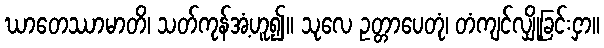
ဃာတေဿာမာတိ၊ သတ်ကုန်အံ့ဟူ၍။ သုလေ ဥတ္တာပေတုံ၊ တံကျင်လျှို့ခြင်းငှာ။